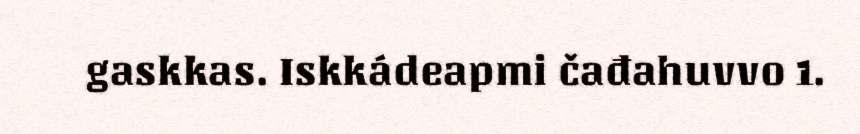
gaskkas. Iskkádeapmi čađahuvvo 1.